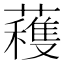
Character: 𮒗